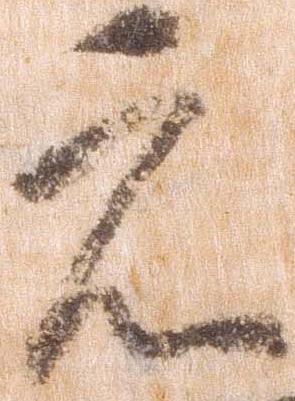
元